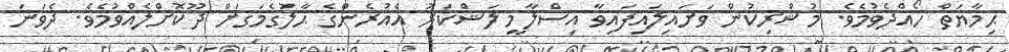
ޙިމާޔަތް ހޯއްދެވުމެވެ. މުޝްރިކުން ވަށައިލައިފައިވާ އިސްލާމީ ލަޝްކަރު އެއުރެންގެ ޙާލުގެމަގަށް ދޫކޮށްލެއްވުމެވެ. ދެވަނަ